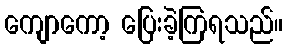
ကျောကော့ ပြေးခဲ့ကြရသည်။